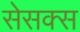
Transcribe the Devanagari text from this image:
सेसक्स